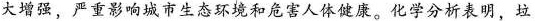
大增强，严重影响城市生态环境和危害人体健康。化学分析表明，垃